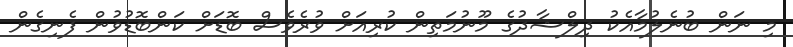
މި ނަން ބުނެލުމާއެކު ދިލްޝާދުގެ މޫނުމަތިން ކުރިއަށް ވުރެވެސް ބޮޑަށް ކަންބޮޑުވުން ފެނިގެން